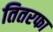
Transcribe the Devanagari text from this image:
तितरफा